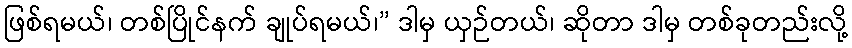
ဖြစ်ရမယ်၊ တစ်ပြိုင်နက် ချုပ်ရမယ်၊” ဒါမှ ယှဉ်တယ်၊ ဆိုတာ ဒါမှ တစ်ခုတည်းလို့